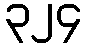
၃၂၄